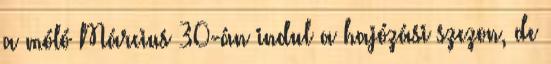
a móló Március 30-án indul a hajózási szezon, de